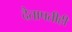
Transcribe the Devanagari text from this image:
दैतापतीही